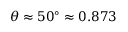
\theta \approx 5 0 ^ { \circ } \approx 0 . 8 7 3